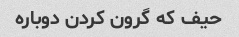
حیف که گرون کردن دوباره